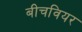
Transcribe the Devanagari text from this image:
बीचवियर